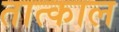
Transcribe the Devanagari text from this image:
तात्काल